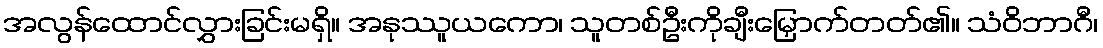
အလွန်ထောင်လွှားခြင်းမရှိ။ အနုဿူယကော၊ သူတစ်ဦးကိုချီးမြှောက်တတ်၏။ သံဝိဘာဂီ၊